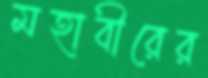
মহাবীরের